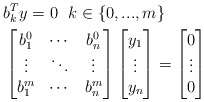
\begin{align*} & b_k^Ty= 0\ \ k\in\{0,...,m\}\\ &\begin{bmatrix}b^0_1&\cdots&b^0_n\\ \vdots&\ddots&\vdots\\ b^m_1&\cdots&b^m_n\end{bmatrix} \begin{bmatrix}y_1\\ \vdots\\ y_n\end{bmatrix}= \begin{bmatrix}0\\ \vdots\\ 0\end{bmatrix} \end{align*}